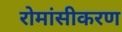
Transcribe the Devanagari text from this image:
रोमांसीकरण